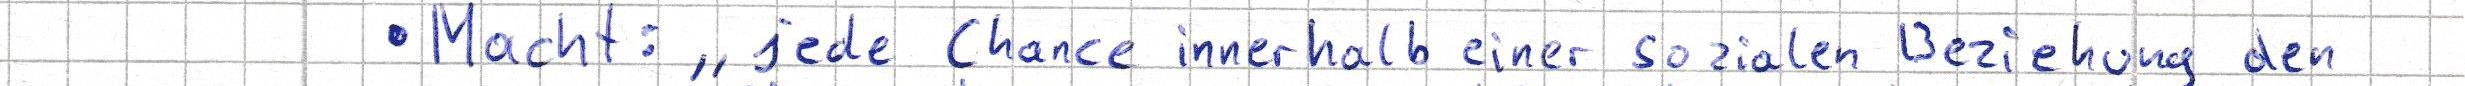
- Macht: "jede Chance innerhalb einer sozialen Beziehung den